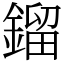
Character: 鎦